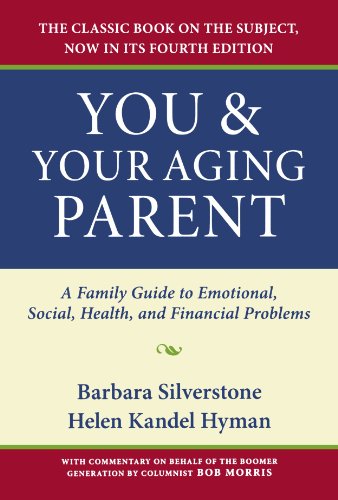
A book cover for You and Your Aging Parent: A Family Guide to Emotional, Social, Health, and Financial Problems; Barbara Silverstone; Health, Fitness & Dieting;